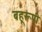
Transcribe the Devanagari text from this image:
बहूरूपी